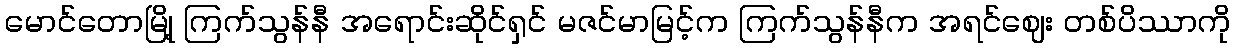
မောင်တောမြို့ ကြက်သွန်နီ အရောင်းဆိုင်ရှင် မဇင်မာမြင့်က ကြက်သွန်နီက အရင်ဈေး တစ်ပိဿာကို